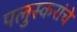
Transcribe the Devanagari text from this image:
पलुस्करांचे